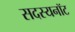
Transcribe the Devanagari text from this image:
सदस्यनॉट